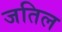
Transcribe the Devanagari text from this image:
जतिल